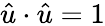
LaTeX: {\hat{u}}\cdot{\hat{u}}=1